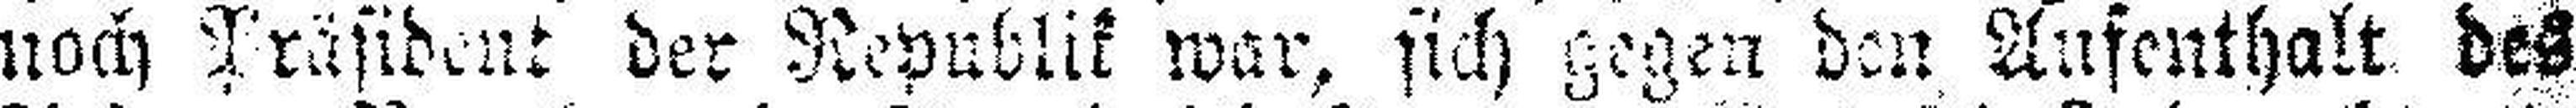
noch Präsident der Republik war, sich gegen den Aufenthalt des